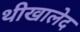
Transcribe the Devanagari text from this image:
थीखालेद